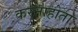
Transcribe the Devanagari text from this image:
करनाहोता